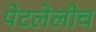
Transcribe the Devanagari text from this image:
पेटलेलीच